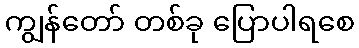
ကျွန်တော် တစ်ခု ပြောပါရစေ